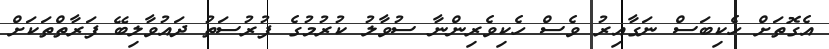
އެގޮތަށް ހެކިބަސް ނަގާއިރު ވެސް ހެކިވެރިންނާ ސުވާލު ކުރުމުގެ ފުރުސަތު ދައުވާލިބޭ ފަރާތްތަކަށް